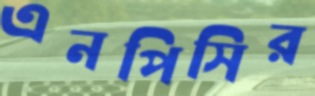
এনপিসির